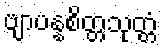
ဗျာပန္နစိတ္တသုတ္တံ